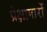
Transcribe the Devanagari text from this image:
प्रेक्षागारों